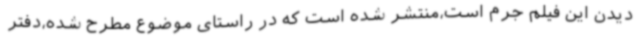
دیدن این فیلم جرم است،منتشر شده است که در راستای موضوع مطرح شده،دفتر